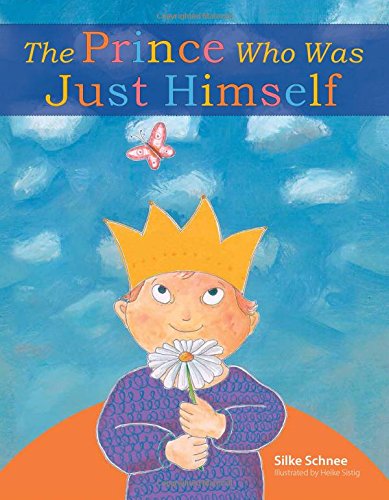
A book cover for The Prince Who Was Just Himself; Silke Schnee; Children's Books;